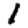
Digit: 1